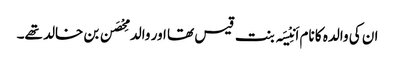
ان کی والدہ کا نام اَنِیْسَہ بنت قیس تھا اور والد مِحْصَن بن خالد تھے۔